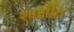
શાસીત